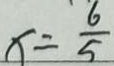
x = \frac { 6 } { 5 }